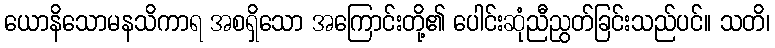
ယောနိသောမနသိကာရ အစရှိသော အကြောင်းတို့၏ ပေါင်းဆုံညီညွတ်ခြင်းသည်ပင်။ သတိ၊